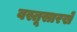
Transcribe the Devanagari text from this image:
वस्तूसारखे